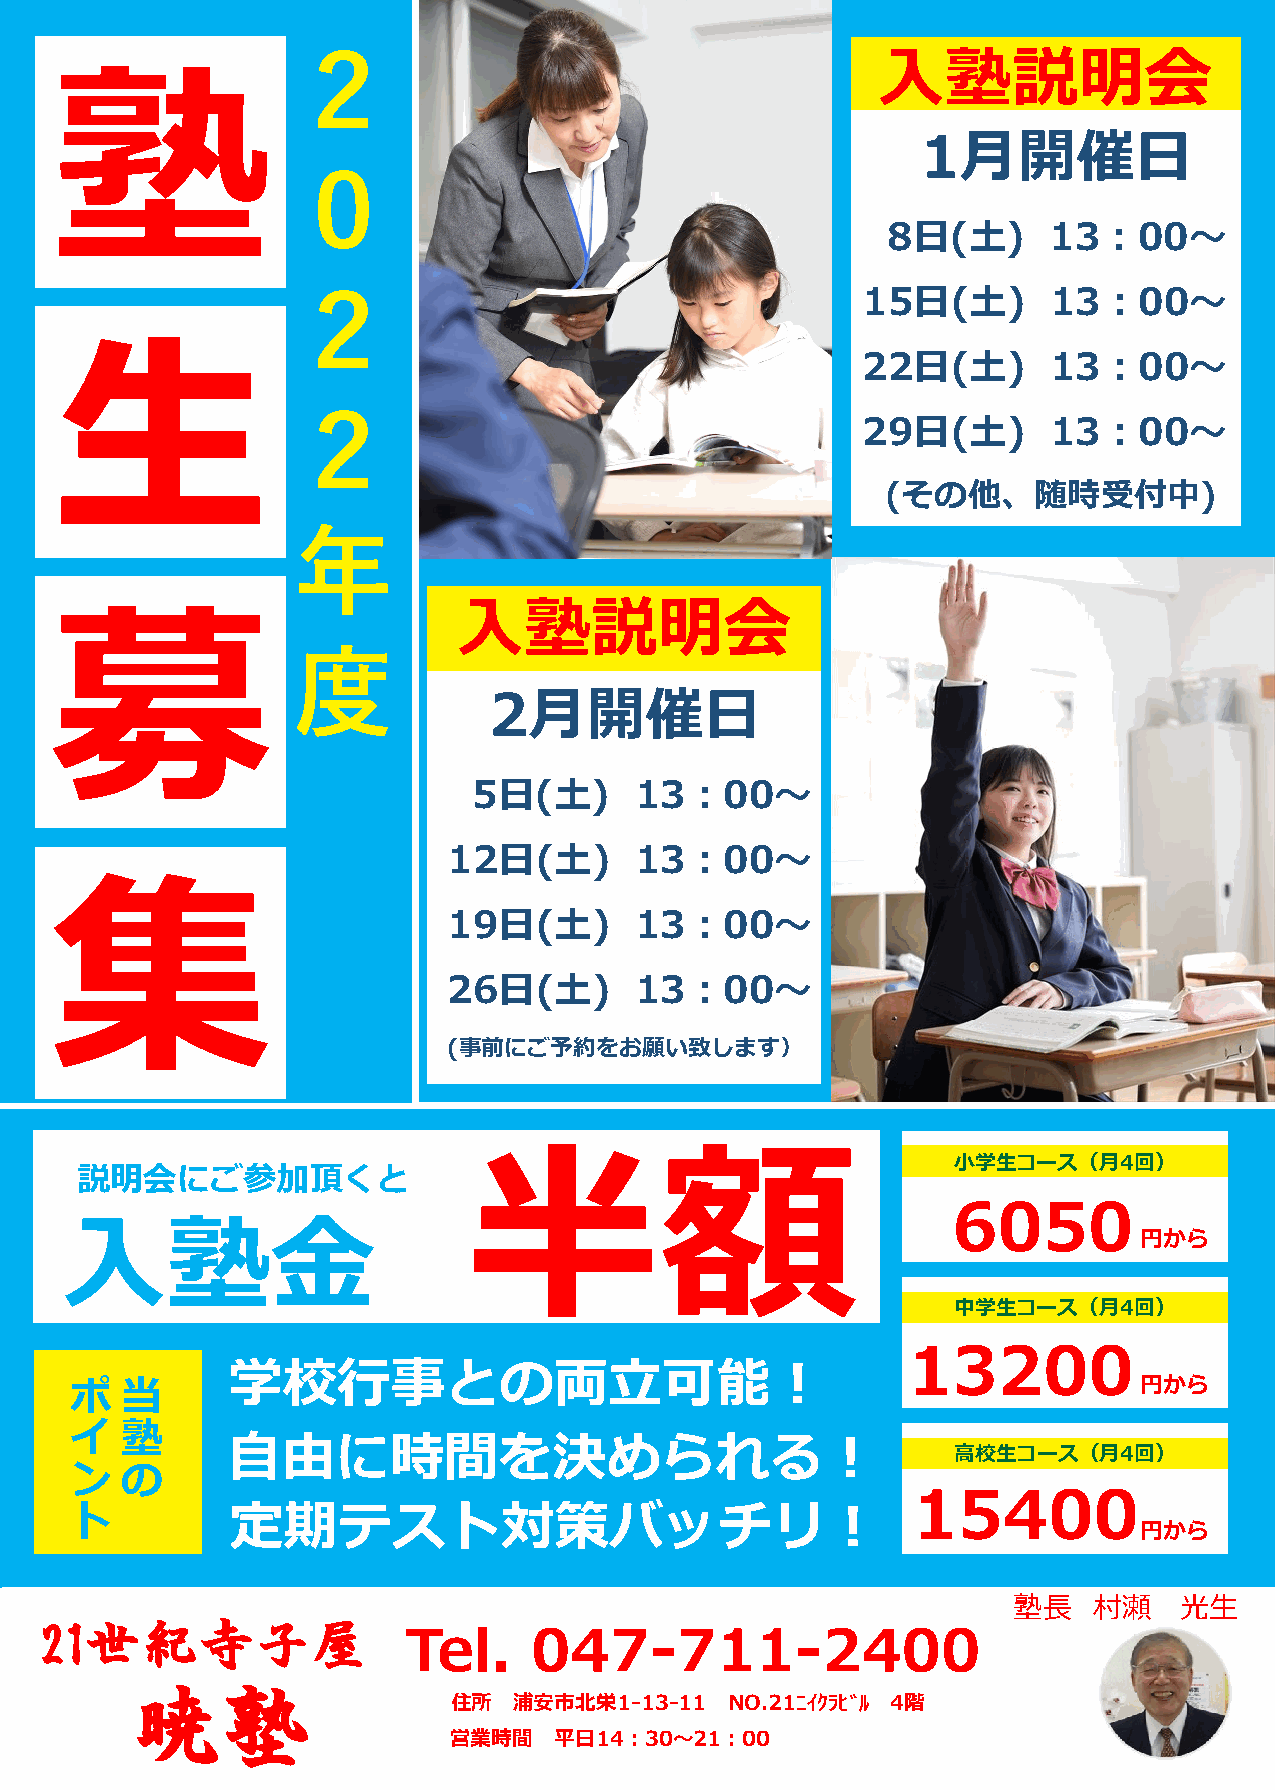
２                                      入塾説明会
 塾
 1月開催日
 ０
 8日(土)     13：00～
 ２                                     15日(土)      13：00～
 22日(土)      13：00～
 生
 ２                                     29日(土)      13：00～
 (その他、随時受付中)
 年
 入塾説明会
 募               度
 2月開催日
 5日(土)      13：00～
 12日(土)      13：00～
 19日(土)      13：00～
 集
 26日(土)      13：00～
 (事前にご予約をお願い致します）
 小学生コース（月4回）
 説明会にご参加頂くと
 半額
 6050
 円から
 入塾金
 中学生コース（月4回）
 13200
 ポ  当      学校行事との両立可能！
 円から
 イ  塾
 ン  の      自由に時間を決められる！                                    高校生コース（月4回）
 ト
 15400
 定期テスト対策バッチリ！
 円から
 塾長   村瀬    光生
 21世紀寺子屋
 Tel.    047-711-2400
 暁塾
 住所  浦安市北栄1-13-11  NO.21ﾆｲｸﾗﾋﾞﾙ 4階
 営業時間   平日14：30～21：00